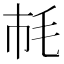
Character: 𣬪